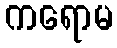
ကရောမ